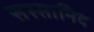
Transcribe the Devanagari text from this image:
सस्सानिद